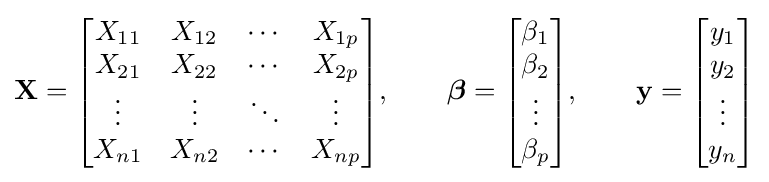
\mathbf {X} ={\begin{bmatrix}X_{11}&X_{12}&\cdots &X_{1p}\\X_{21}&X_{22}&\cdots &X_{2p}\\\vdots &\vdots &\ddots &\vdots \\X_{n1}&X_{n2}&\cdots &X_{np}\end{bmatrix}},\qquad {\boldsymbol {\beta }}={\begin{bmatrix}\beta _{1}\\\beta _{2}\\\vdots \\\beta _{p}\end{bmatrix}},\qquad \mathbf {y} ={\begin{bmatrix}y_{1}\\y_{2}\\\vdots \\y_{n}\end{bmatrix}}